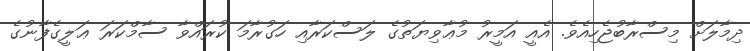
ދިމާލަށް މިސްރާބުޖެހިއެވެ. އެއީ އަމީރު މުޢާވިޔަތުގެ ލަސްކަރާއި ހަގުރާމަ ކުރައްވާ ސާމްކަރަ ޢަލީގެފާނުގެ